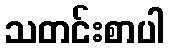
သတင်းစာပါ